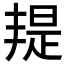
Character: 𣉄